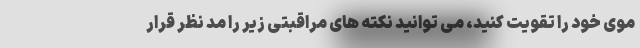
موی خود را تقویت کنید، می توانید نکته های مراقبتی زیر را مد نظر قرار